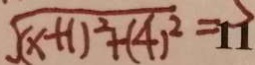
\sqrt { ( x + 1 ) ^ { 2 } + ( 4 ) ^ { 2 } } = 1 1